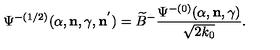
{ \Psi } ^ { - ( 1 / 2 ) } ( \alpha , { \bf n } , \gamma , { \bf n } ^ { ' } ) = \widetilde { B } ^ { - } \frac { { \Psi } ^ { - ( 0 ) } ( \alpha , { \bf n } , \gamma ) } { \sqrt { 2 k _ { 0 } } } .